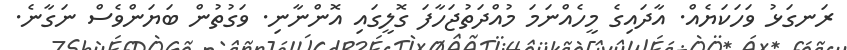
ރަނގަޅު ވަހަކަޔެއް. އާދައިގެ މީހެއްނަމަ މުއްދަތުޖަހާފަ ގޮލީގައި އޮންނާނި. ވަގުތުން ބަޔަންވެސް ނަގާނެ.